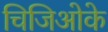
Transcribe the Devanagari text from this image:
चिजिओके